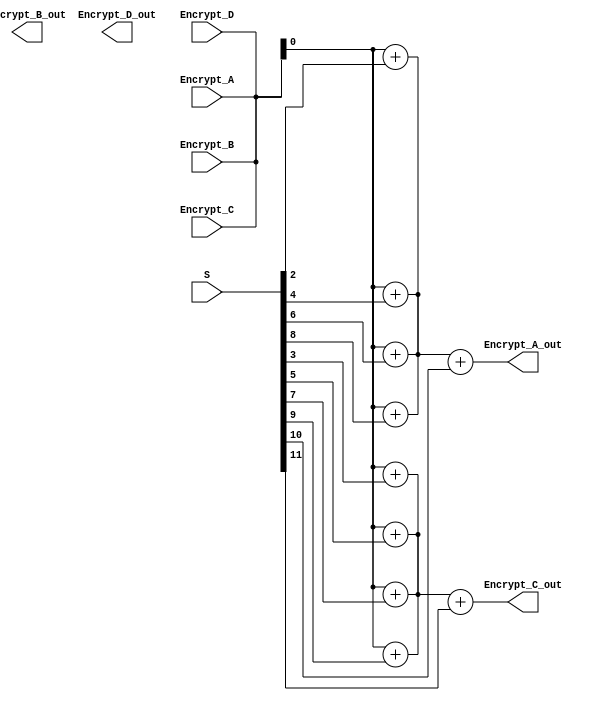
`timescale 1ns / 1ps
//////////////////////////////////////////////////////////////////////////////////
// Company: 
// Engineer: 
// 
// Design Name: 
// Module Name: RC6_Encryption
// Project Name: 
// Target Devices: 
// Tool Versions: 
// Description: 
// 
// Dependencies: 
// 
// Revision:
// Revision 0.01 - File Created
// Additional Comments:
// 
//////////////////////////////////////////////////////////////////////////////////


module RC6_Encryption
#(parameter w=4,r=4) //w is the word size in bits   r non negative number of rounds 

    (
        input [w-1:0] Encrypt_A, Encrypt_B, Encrypt_C, Encrypt_D, //Plaintext stored in four w-bit input registers
        //input r,                //Number of rounds (r)
        input [2*r+3:0] S,         //w-bit round keys
        
        output wire Encrypt_A_out,Encrypt_B_out,Encrypt_C_out,Encrypt_D_out  //Ciphertext stored in A,B,C,D
     );
     wire tmp_A, tmp_B, tmp_C, tmp_D;
     
     assign tmp_B = Encrypt_B - S[0];
     assign tmp_D = Encrypt_D - S[1];
     
     wire u,t;
     
     genvar i;
     generate
        for(i=1; i<=r; i=i+1)
            begin
                assign t = (Encrypt_B*(2*Encrypt_B+1)) <<< $clog2(w);      //<<< arithmetic shift left
                assign u = (Encrypt_D*(2*Encrypt_D+1)) <<< $clog2(w);
                assign tmp_A = ( ( Encrypt_A ^ t ) <<< u ) + S[2*i];   //>>> arithmetic shift right
                assign tmp_C = ( ( Encrypt_C ^ u ) <<< t ) + S[2*i+1];
                assign Encrypt_A = Encrypt_B;
                assign Encrypt_B = Encrypt_C;
                assign Encrypt_C = Encrypt_D;
                assign Encrypt_D = Encrypt_A;
            end
            
            
     endgenerate
     assign Encrypt_A_out = tmp_A + S[2*r + 2];
     assign Encrypt_C_out = tmp_C + S[2*r + 3];
     
endmodule